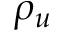
\rho _ { u }